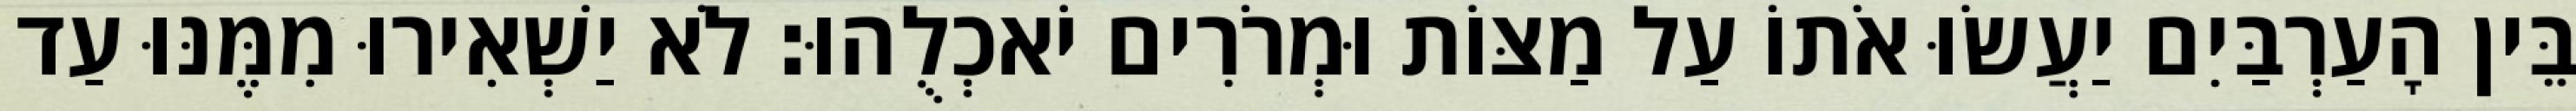
בֵּין הָעַרְבַּיִם יַעֲשׂוּ אֹתוֹ עַל מַצּוֹת וּמְרֹרִים יֹאכְלֻהוּ׃ לֹא יַשְׁאִירוּ מִמֶּנּוּ עַד